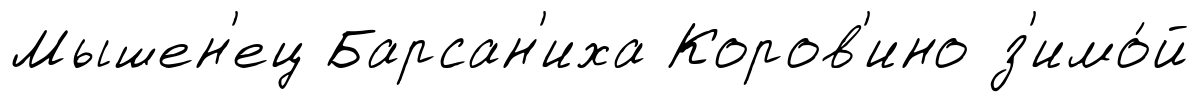
Мышен'ец Барсан'иха Коров'ино з'имо́й